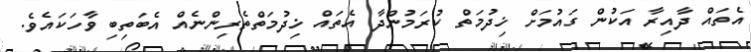
އެތައް ދާއިރާ އަކުން ގައުމަށް ޚިދުމަތް ކުރަމުންދާ އެތައް ޚިދުމަތްތެރިންނެއް އެބަތިބި ވާހަކައެވެ.